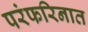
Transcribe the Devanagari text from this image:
परंफरिनात